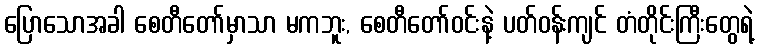
ပြောသောအခါ စေတီတော်မှာသာ မကဘူး, စေတီတော်ဝင်းနဲ့ ပတ်ဝန်းကျင် တံတိုင်းကြီးတွေရဲ့